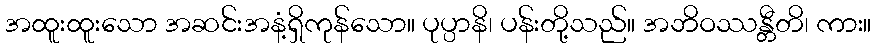
အထူးထူးသော အဆင်းအနံ့ရှိကုန်သော။ ပုပ္ပာနိ၊ ပန်းတို့သည်။ အဘိဝဿန္တီတိ၊ ကား။